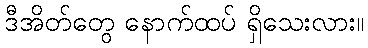
ဒီအိတ်တွေ နောက်ထပ် ရှိသေးလား။